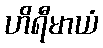
ဟိရီမာယံ